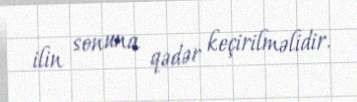
ilin sonuna qədər keçirilməlidir.